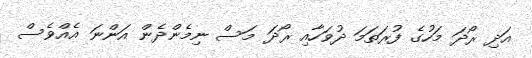
އަދި ރޯދަ މަހުގެ ފުރަތަމަ ދުވަހާއި ރޯދަ މަސް ނިމެންދެން އަންނަ އެއްވެސް